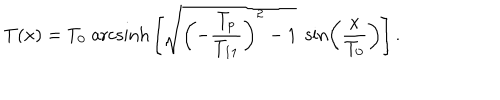
T ( x ) = T _ { 0 } \; \mathrm { a r c s i n h } \left[ \sqrt { \left( - \frac { T _ { p } } { T _ { 1 1 } } \right) ^ { 2 } - 1 } \; \sin \left( \frac { x } { T _ { 0 } } \right) \right] .